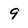
Character: 9